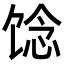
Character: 𩠈